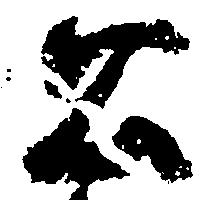
公